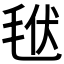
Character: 𣭩